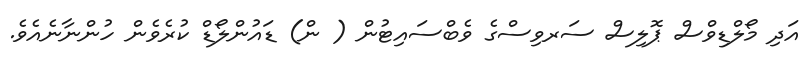
އަދި މޯލްޑިވްސް ޕޮލިސް ސަރވިސްގެ ވެބްސައިޓުން ( ން) ޑައުންލޯޑް ކުރެވެން ހުންނާނެއެވެ.